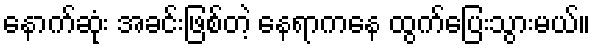
နောက်ဆုံး အခင်းဖြစ်တဲ့ နေရာကနေ ထွက်ပြေးသွားမယ်။